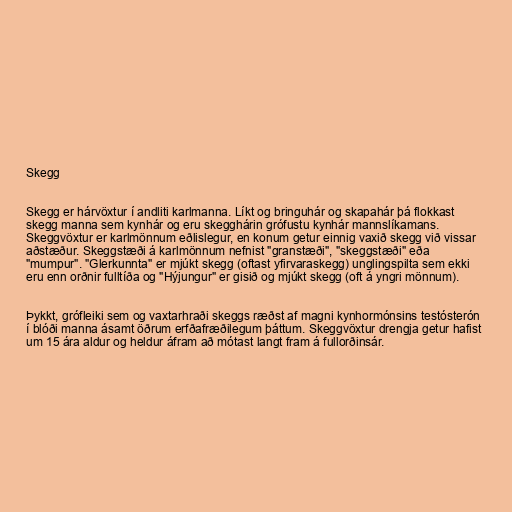
Skegg

Skegg er hárvöxtur í andliti karlmanna. Líkt og bringuhár og skapahár þá flokkast
skegg manna sem kynhár og eru skegghárin grófustu kynhár mannslíkamans.
Skeggvöxtur er karlmönnum eðlislegur, en konum getur einnig vaxið skegg við vissar
aðstæður. Skeggstæði á karlmönnum nefnist "granstæði", "skeggstæði" eða
"mumpur". "Glerkunnta" er mjúkt skegg (oftast yfirvaraskegg) unglingspilta sem ekki
eru enn orðnir fulltíða og "Hýjungur" er gisið og mjúkt skegg (oft á yngri mönnum).

Þykkt, grófleiki sem og vaxtarhraði skeggs ræðst af magni kynhormónsins testósterón
í blóði manna ásamt öðrum erfðafræðilegum þáttum. Skeggvöxtur drengja getur hafist
um 15 ára aldur og heldur áfram að mótast langt fram á fullorðinsár.